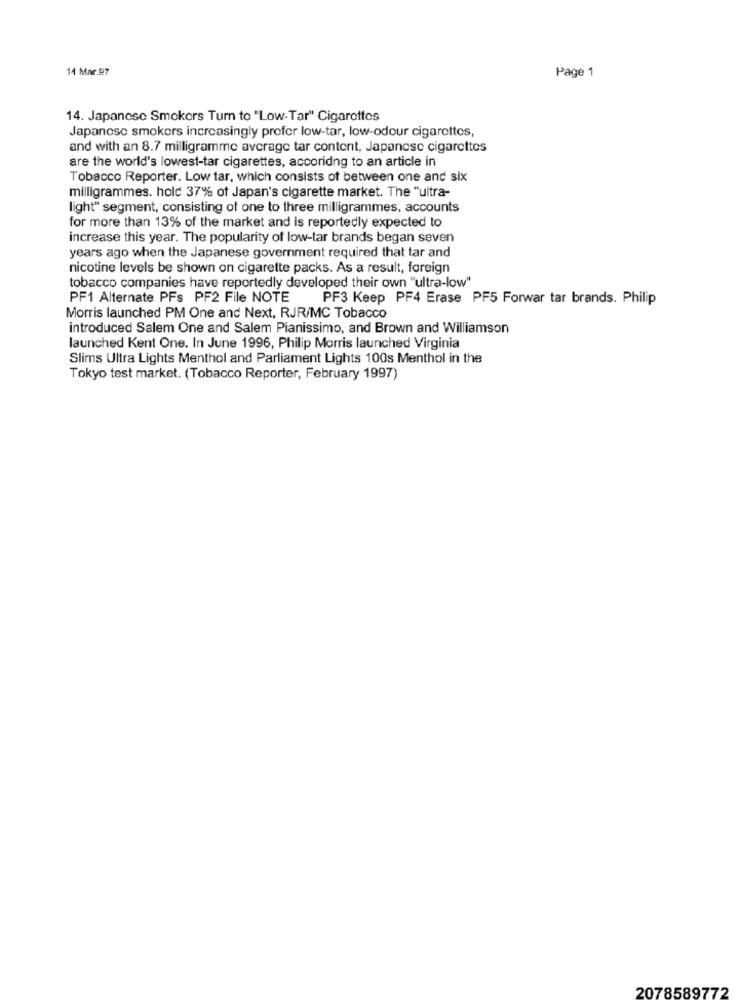
14 Mar.97
Page 1
14. Japanese Smokers Turn to "Low-Tar" Cigarettes
Japanese smokers increasingly prefer low-tar, low-odour cigarettes,
and with an 8.7 milligramme average tar content, Japanese cigarettes
are the world's lowest-tar cigarettes, accoridng to an article in
Tobacco Reporter. Low tar, which consists of between one and six
milligrammes. hold 37% of Japan's cigarette market. The "ultra-
light" segment, consisting of one to three milligrammes, accounts
for more than 13% of the market and is reportedly expected to
increase this year. The popularity of low-tar brands began seven
years ago when the Japanese government required that tar and
nicotine levels be shown on cigarette packs. As a result, foreign
tobacco companies have reportedly developed their own "ultra-low"
PF1 Alternate PFs PF2 File NOTE PF3 Keep PF4 Erase PF5 Forwar tar brands. Philip
Morris launched PM One and Next, RJR/MC Tobacco
introduced Salem One and Salem Pianissimo, and Brown and Williamson
launched Kent One. In June 1996, Philip Morris launched Virginia
Slims Ultra Lights Menthol and Parliament Lights 100s Menthol in the
Tokyo test market. (Tobacco Reporter, February 1997)
2078589772